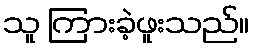
သူ ကြားခဲ့ဖူးသည်။